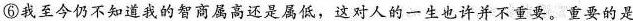
⑥我至今仍不知道我的智商属高还是属低，这对人的一生也许并不重要。重要的是